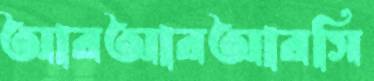
আরআরআরসি